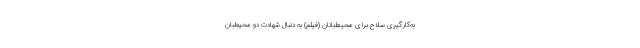
به‌کارگیری سلاح برای محیط‌بانان (فیلم) به دنبال شهادت دو محیطبان